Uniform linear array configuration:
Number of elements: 48
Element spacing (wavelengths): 0.5
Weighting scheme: blackman
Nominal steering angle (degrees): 60
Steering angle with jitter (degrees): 60.519
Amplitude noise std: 0.05
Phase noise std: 0.05

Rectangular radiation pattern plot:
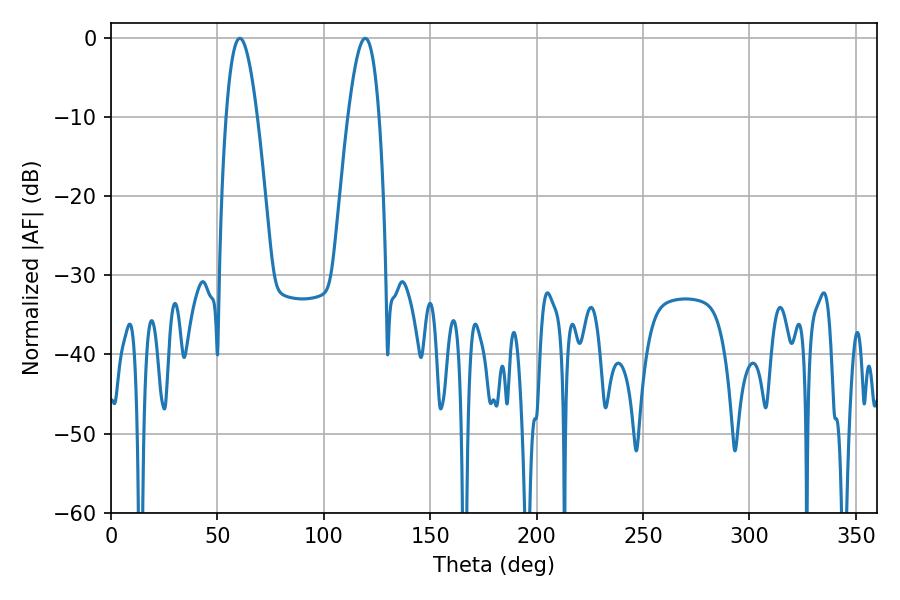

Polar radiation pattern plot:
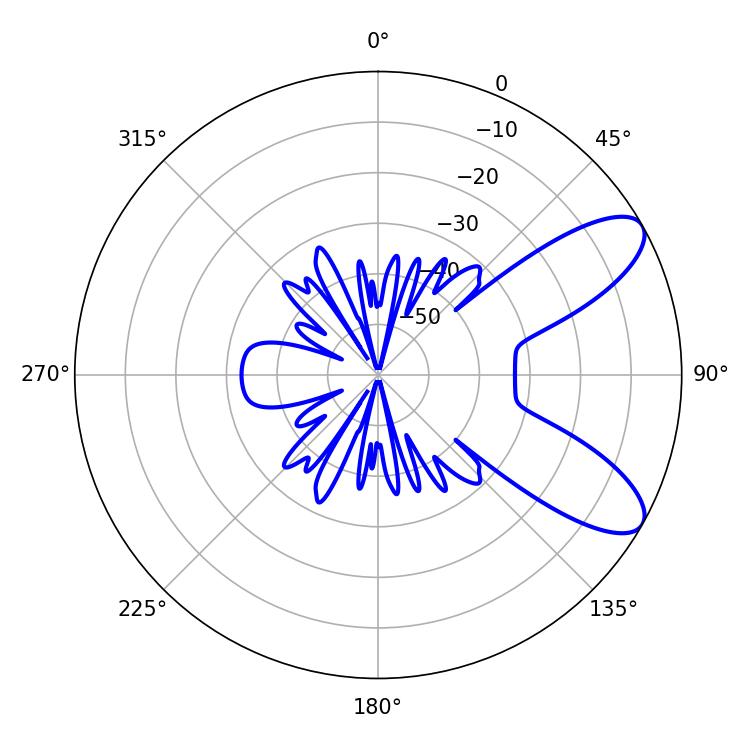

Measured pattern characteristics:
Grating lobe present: FALSE
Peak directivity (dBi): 8.797
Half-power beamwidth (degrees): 7.92
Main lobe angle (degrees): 60.48